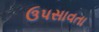
ઉપસાવતા